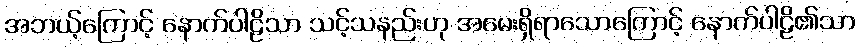
အဘယ့်ကြောင့် နောက်ပါဠိသာ သင့်သနည်းဟု အမေးရှိရာသောကြောင့် နောက်ပါဠိ၏သာ